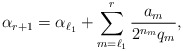
\begin{align*}\alpha_{r+1}=\alpha_{\ell_1}+\sum_{m={\ell_1}}^r \frac{a_m}{2^{n_{m}} {q_m}},\end{align*}